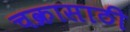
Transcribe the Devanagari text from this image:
चक्रासाठी